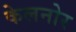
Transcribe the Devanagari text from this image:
केलनोर